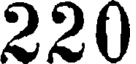
220